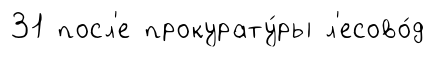
31 посл'е прокурату́ры л'есово́д